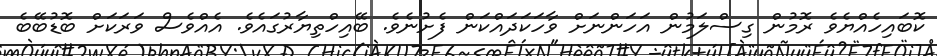
ކޮބައިހެއްޔެވެ ރޮމުން ގިސްލަމުން އަހަންނަށް ވާހަކަދައްކަން ފެށުނެވެ. ބޭއިހްތިޔާރުގައެވެ. އެއްވެސް ވަރަކަށް ބޮޑުބޭބެ